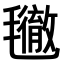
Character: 𣰪